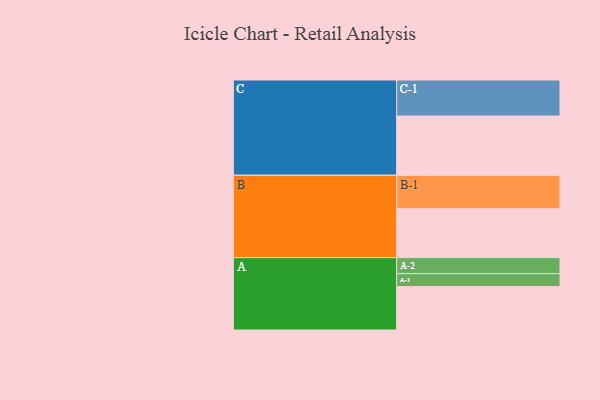
{"axis": {"x": "Segment", "y": "Value"}, "legend": ["", "A", "B", "C"], "data": [{"x": "A", "y": 336, "type": ""}, {"x": "B", "y": 378, "type": ""}, {"x": "C", "y": 458, "type": ""}, {"x": "A-1", "y": 100, "type": "A"}, {"x": "A-2", "y": 124, "type": "A"}, {"x": "B-1", "y": 259, "type": "B"}, {"x": "C-1", "y": 279, "type": "C"}]}